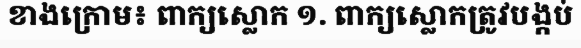
ខាងក្រោម៖ ពាក្យស្លោក ១. ពាក្យស្លោកត្រូវបង្កប់